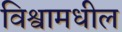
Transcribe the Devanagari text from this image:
विश्वामधील